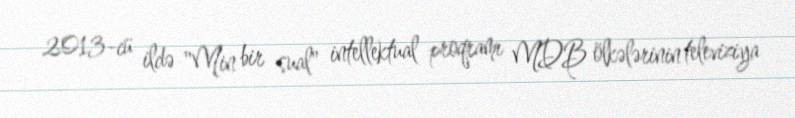
2013-cü ildə "Min bir sual" intellektual proqramı MDB ölkələrinin televiziya